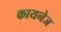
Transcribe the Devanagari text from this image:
कायनेज